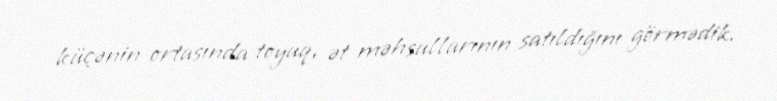
küçənin ortasında toyuq, ət məhsullarının satıldığını görmədik.